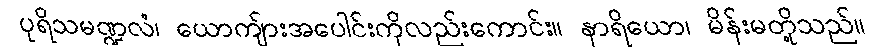
ပုရိသမဏ္ဍလံ၊ ယောကျ်ားအပေါင်းကိုလည်းကောင်း။ နာရိယော၊ မိန်းမတို့သည်။